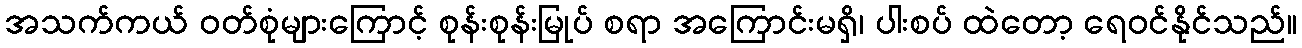
အသက်ကယ် ဝတ်စုံများကြောင့် စုန်းစုန်းမြုပ် စရာ အကြောင်းမရှိ၊ ပါးစပ် ထဲတော့ ရေဝင်နိုင်သည်။